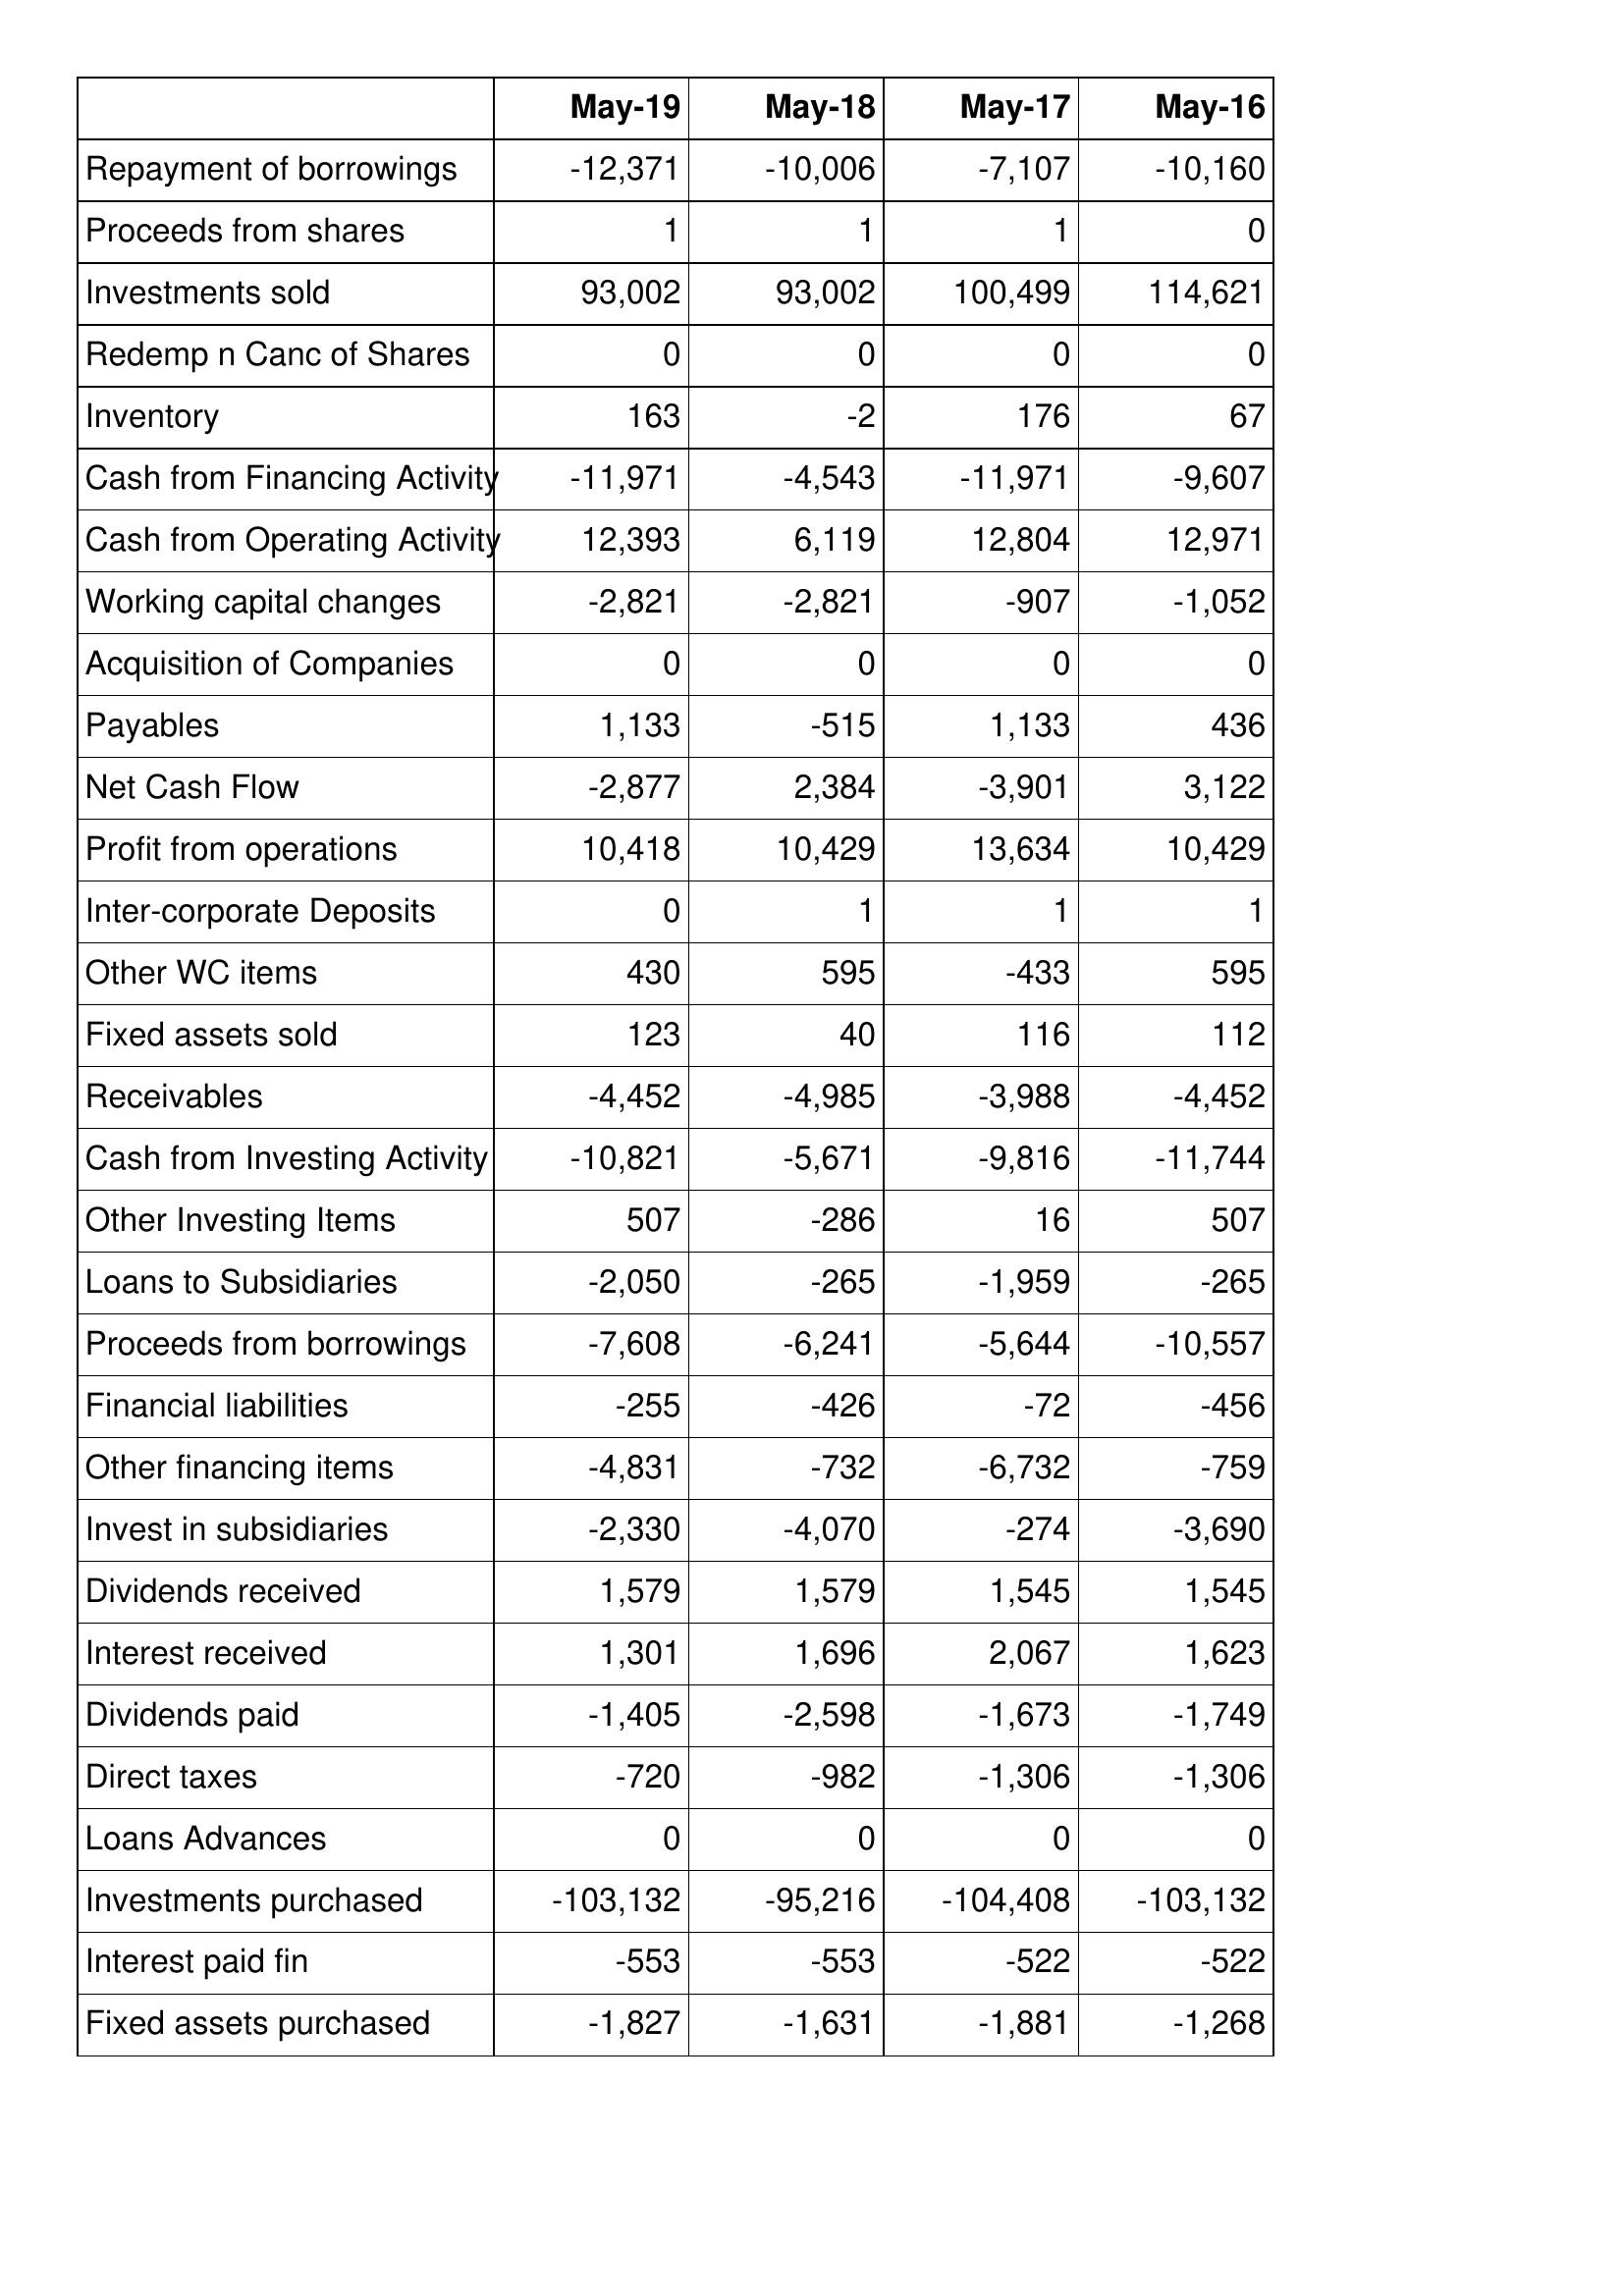
May-19: Cash Flows: Repayment of borrowings: -12,371
Proceeds from shares: 1
Investments sold: 93,002
Redemp n Canc of Shares: 0
Inventory: 163
Cash from Financing Activity: -11,971
Cash from Operating Activity: 12,393
Working capital changes: -2,821
Acquisition of Companies: 0
Payables: 1,133
Net Cash Flow: -2,877
Profit from operations: 10,418
Inter-corporate Deposits: 0
Other WC items: 430
Fixed assets sold: 123
Receivables: -4,452
Cash from Investing Activity: -10,821
Other Investing Items: 507
Loans to Subsidiaries: -2,050
Proceeds from borrowings: -7,608
Financial liabilities: -255
Other financing items: -4,831
Invest in subsidiaries: -2,330
Dividends received: 1,579
Interest received: 1,301
Dividends paid: -1,405
Direct taxes: -720
Loans Advances: 0
Investments purchased: -103,132
Interest paid fin: -553
Fixed assets purchased: -1,827
May-18: Cash Flows: Repayment of borrowings: -10,006
Proceeds from shares: 1
Investments sold: 93,002
Redemp n Canc of Shares: 0
Inventory: -2
Cash from Financing Activity: -4,543
Cash from Operating Activity: 6,119
Working capital changes: -2,821
Acquisition of Companies: 0
Payables: -515
Net Cash Flow: 2,384
Profit from operations: 10,429
Inter-corporate Deposits: 1
Other WC items: 595
Fixed assets sold: 40
Receivables: -4,985
Cash from Investing Activity: -5,671
Other Investing Items: -286
Loans to Subsidiaries: -265
Proceeds from borrowings: -6,241
Financial liabilities: -426
Other financing items: -732
Invest in subsidiaries: -4,070
Dividends received: 1,579
Interest received: 1,696
Dividends paid: -2,598
Direct taxes: -982
Loans Advances: 0
Investments purchased: -95,216
Interest paid fin: -553
Fixed assets purchased: -1,631
May-17: Cash Flows: Repayment of borrowings: -7,107
Proceeds from shares: 1
Investments sold: 100,499
Redemp n Canc of Shares: 0
Inventory: 176
Cash from Financing Activity: -11,971
Cash from Operating Activity: 12,804
Working capital changes: -907
Acquisition of Companies: 0
Payables: 1,133
Net Cash Flow: -3,901
Profit from operations: 13,634
Inter-corporate Deposits: 1
Other WC items: -433
Fixed assets sold: 116
Receivables: -3,988
Cash from Investing Activity: -9,816
Other Investing Items: 16
Loans to Subsidiaries: -1,959
Proceeds from borrowings: -5,644
Financial liabilities: -72
Other financing items: -6,732
Invest in subsidiaries: -274
Dividends received: 1,545
Interest received: 2,067
Dividends paid: -1,673
Direct taxes: -1,306
Loans Advances: 0
Investments purchased: -104,408
Interest paid fin: -522
Fixed assets purchased: -1,881
May-16: Cash Flows: Repayment of borrowings: -10,160
Proceeds from shares: 0
Investments sold: 114,621
Redemp n Canc of Shares: 0
Inventory: 67
Cash from Financing Activity: -9,607
Cash from Operating Activity: 12,971
Working capital changes: -1,052
Acquisition of Companies: 0
Payables: 436
Net Cash Flow: 3,122
Profit from operations: 10,429
Inter-corporate Deposits: 1
Other WC items: 595
Fixed assets sold: 112
Receivables: -4,452
Cash from Investing Activity: -11,744
Other Investing Items: 507
Loans to Subsidiaries: -265
Proceeds from borrowings: -10,557
Financial liabilities: -456
Other financing items: -759
Invest in subsidiaries: -3,690
Dividends received: 1,545
Interest received: 1,623
Dividends paid: -1,749
Direct taxes: -1,306
Loans Advances: 0
Investments purchased: -103,132
Interest paid fin: -522
Fixed assets purchased: -1,268